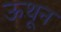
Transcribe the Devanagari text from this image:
ऊथून